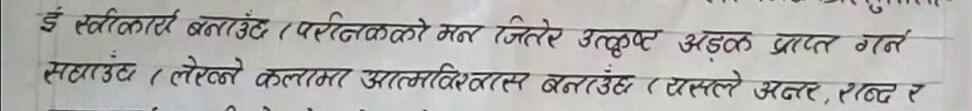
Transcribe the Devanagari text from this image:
ई स्विकार्दा बलाउँछ। परानिकको मन जितेर उत्कृष्ट अङ्क प्राप्त गर्न
सघाउँछ। (लेखेको कलामा आत्मविश्वास बताउँछ। (यसले अक्षर, शब्द र